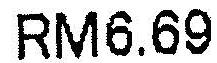
RM6.69